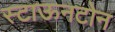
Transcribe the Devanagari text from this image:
स्टाऊनटोन